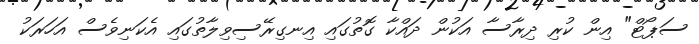
ސަޕޯޓް" އިން ކުރި ދިރާސާ އަކުން ދައްކާ ގޮތުގައި އިނގިރޭސިވިލާތުގައި އެކަނިވެސް އަހަރަކު